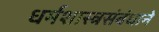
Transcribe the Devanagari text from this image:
धर्मशास्त्रसंबंधाने